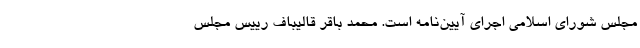
مجلس شورای اسلامی اجرای آیین‌نامه است. محمد باقر قالیباف رییس مجلس